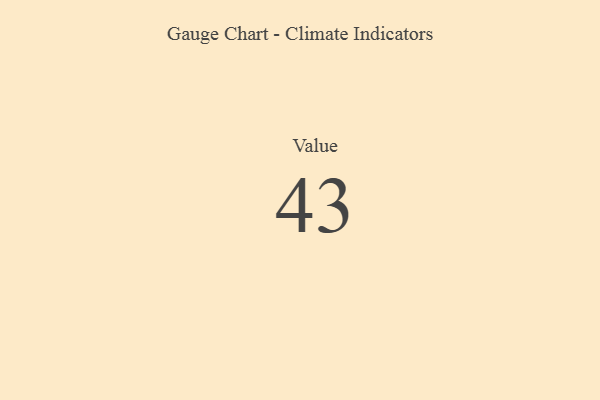
{"axis": {"x": "Metric", "y": "Value"}, "legend": [""], "data": [{"x": "Value", "y": 43, "type": ""}]}